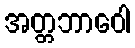
အတ္တဘာဝေါ